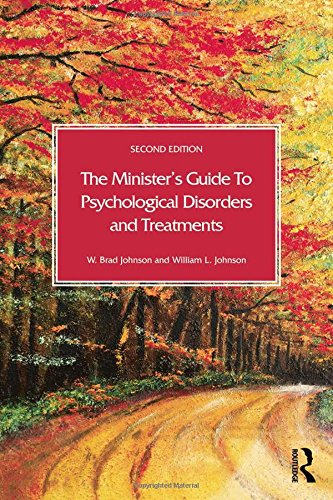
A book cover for The Minister's Guide to Psychological Disorders and Treatments; W. Brad Johnson; Christian Books & Bibles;